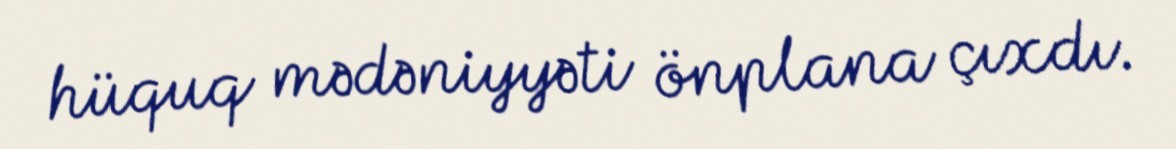
hüquq mədəniyyəti önplana çıxdı.